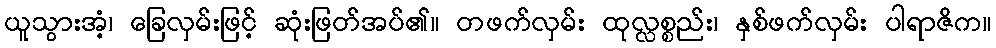
ယူသွားအံ့၊ ခြေလှမ်းဖြင့် ဆုံးဖြတ်အပ်၏။ တဖက်လှမ်း ထုလ္လစ္စည်း၊ နှစ်ဖက်လှမ်း ပါရာဇိက။